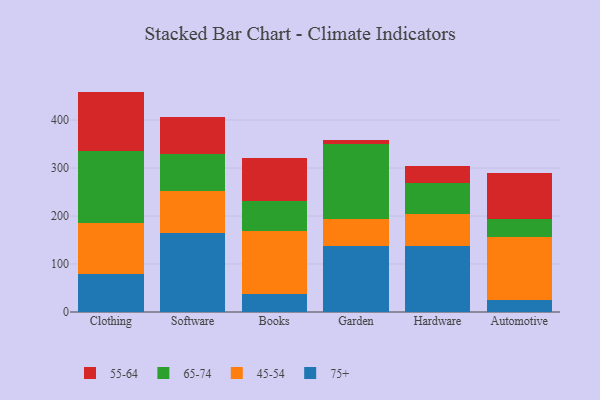
{"axis": {"x": "Category", "y": "Demand Index"}, "legend": ["45-54", "55-64", "65-74", "75+"], "data": [{"x": "Clothing", "y": 78.5, "type": "75+"}, {"x": "Clothing", "y": 107.6, "type": "45-54"}, {"x": "Clothing", "y": 150.1, "type": "65-74"}, {"x": "Clothing", "y": 123.1, "type": "55-64"}, {"x": "Software", "y": 163.8, "type": "75+"}, {"x": "Software", "y": 88.4, "type": "45-54"}, {"x": "Software", "y": 77.9, "type": "65-74"}, {"x": "Software", "y": 77.1, "type": "55-64"}, {"x": "Books", "y": 37.6, "type": "75+"}, {"x": "Books", "y": 130.8, "type": "45-54"}, {"x": "Books", "y": 62.0, "type": "65-74"}, {"x": "Books", "y": 89.6, "type": "55-64"}, {"x": "Garden", "y": 137.1, "type": "75+"}, {"x": "Garden", "y": 56.1, "type": "45-54"}, {"x": "Garden", "y": 156.1, "type": "65-74"}, {"x": "Garden", "y": 9.0, "type": "55-64"}, {"x": "Hardware", "y": 137.6, "type": "75+"}, {"x": "Hardware", "y": 66.2, "type": "45-54"}, {"x": "Hardware", "y": 65.5, "type": "65-74"}, {"x": "Hardware", "y": 34.9, "type": "55-64"}, {"x": "Automotive", "y": 24.0, "type": "75+"}, {"x": "Automotive", "y": 131.9, "type": "45-54"}, {"x": "Automotive", "y": 38.0, "type": "65-74"}, {"x": "Automotive", "y": 95.9, "type": "55-64"}]}